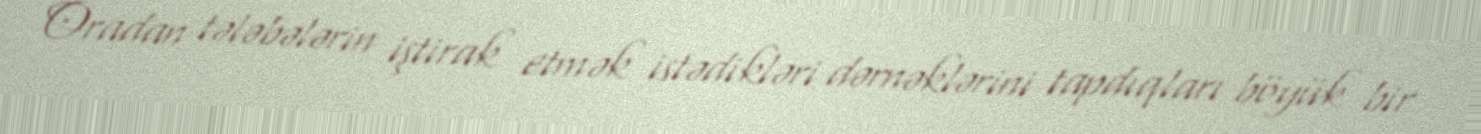
Oradan tələbələrin iştirak etmək istədikləri dərnəklərini tapdıqları böyük bir